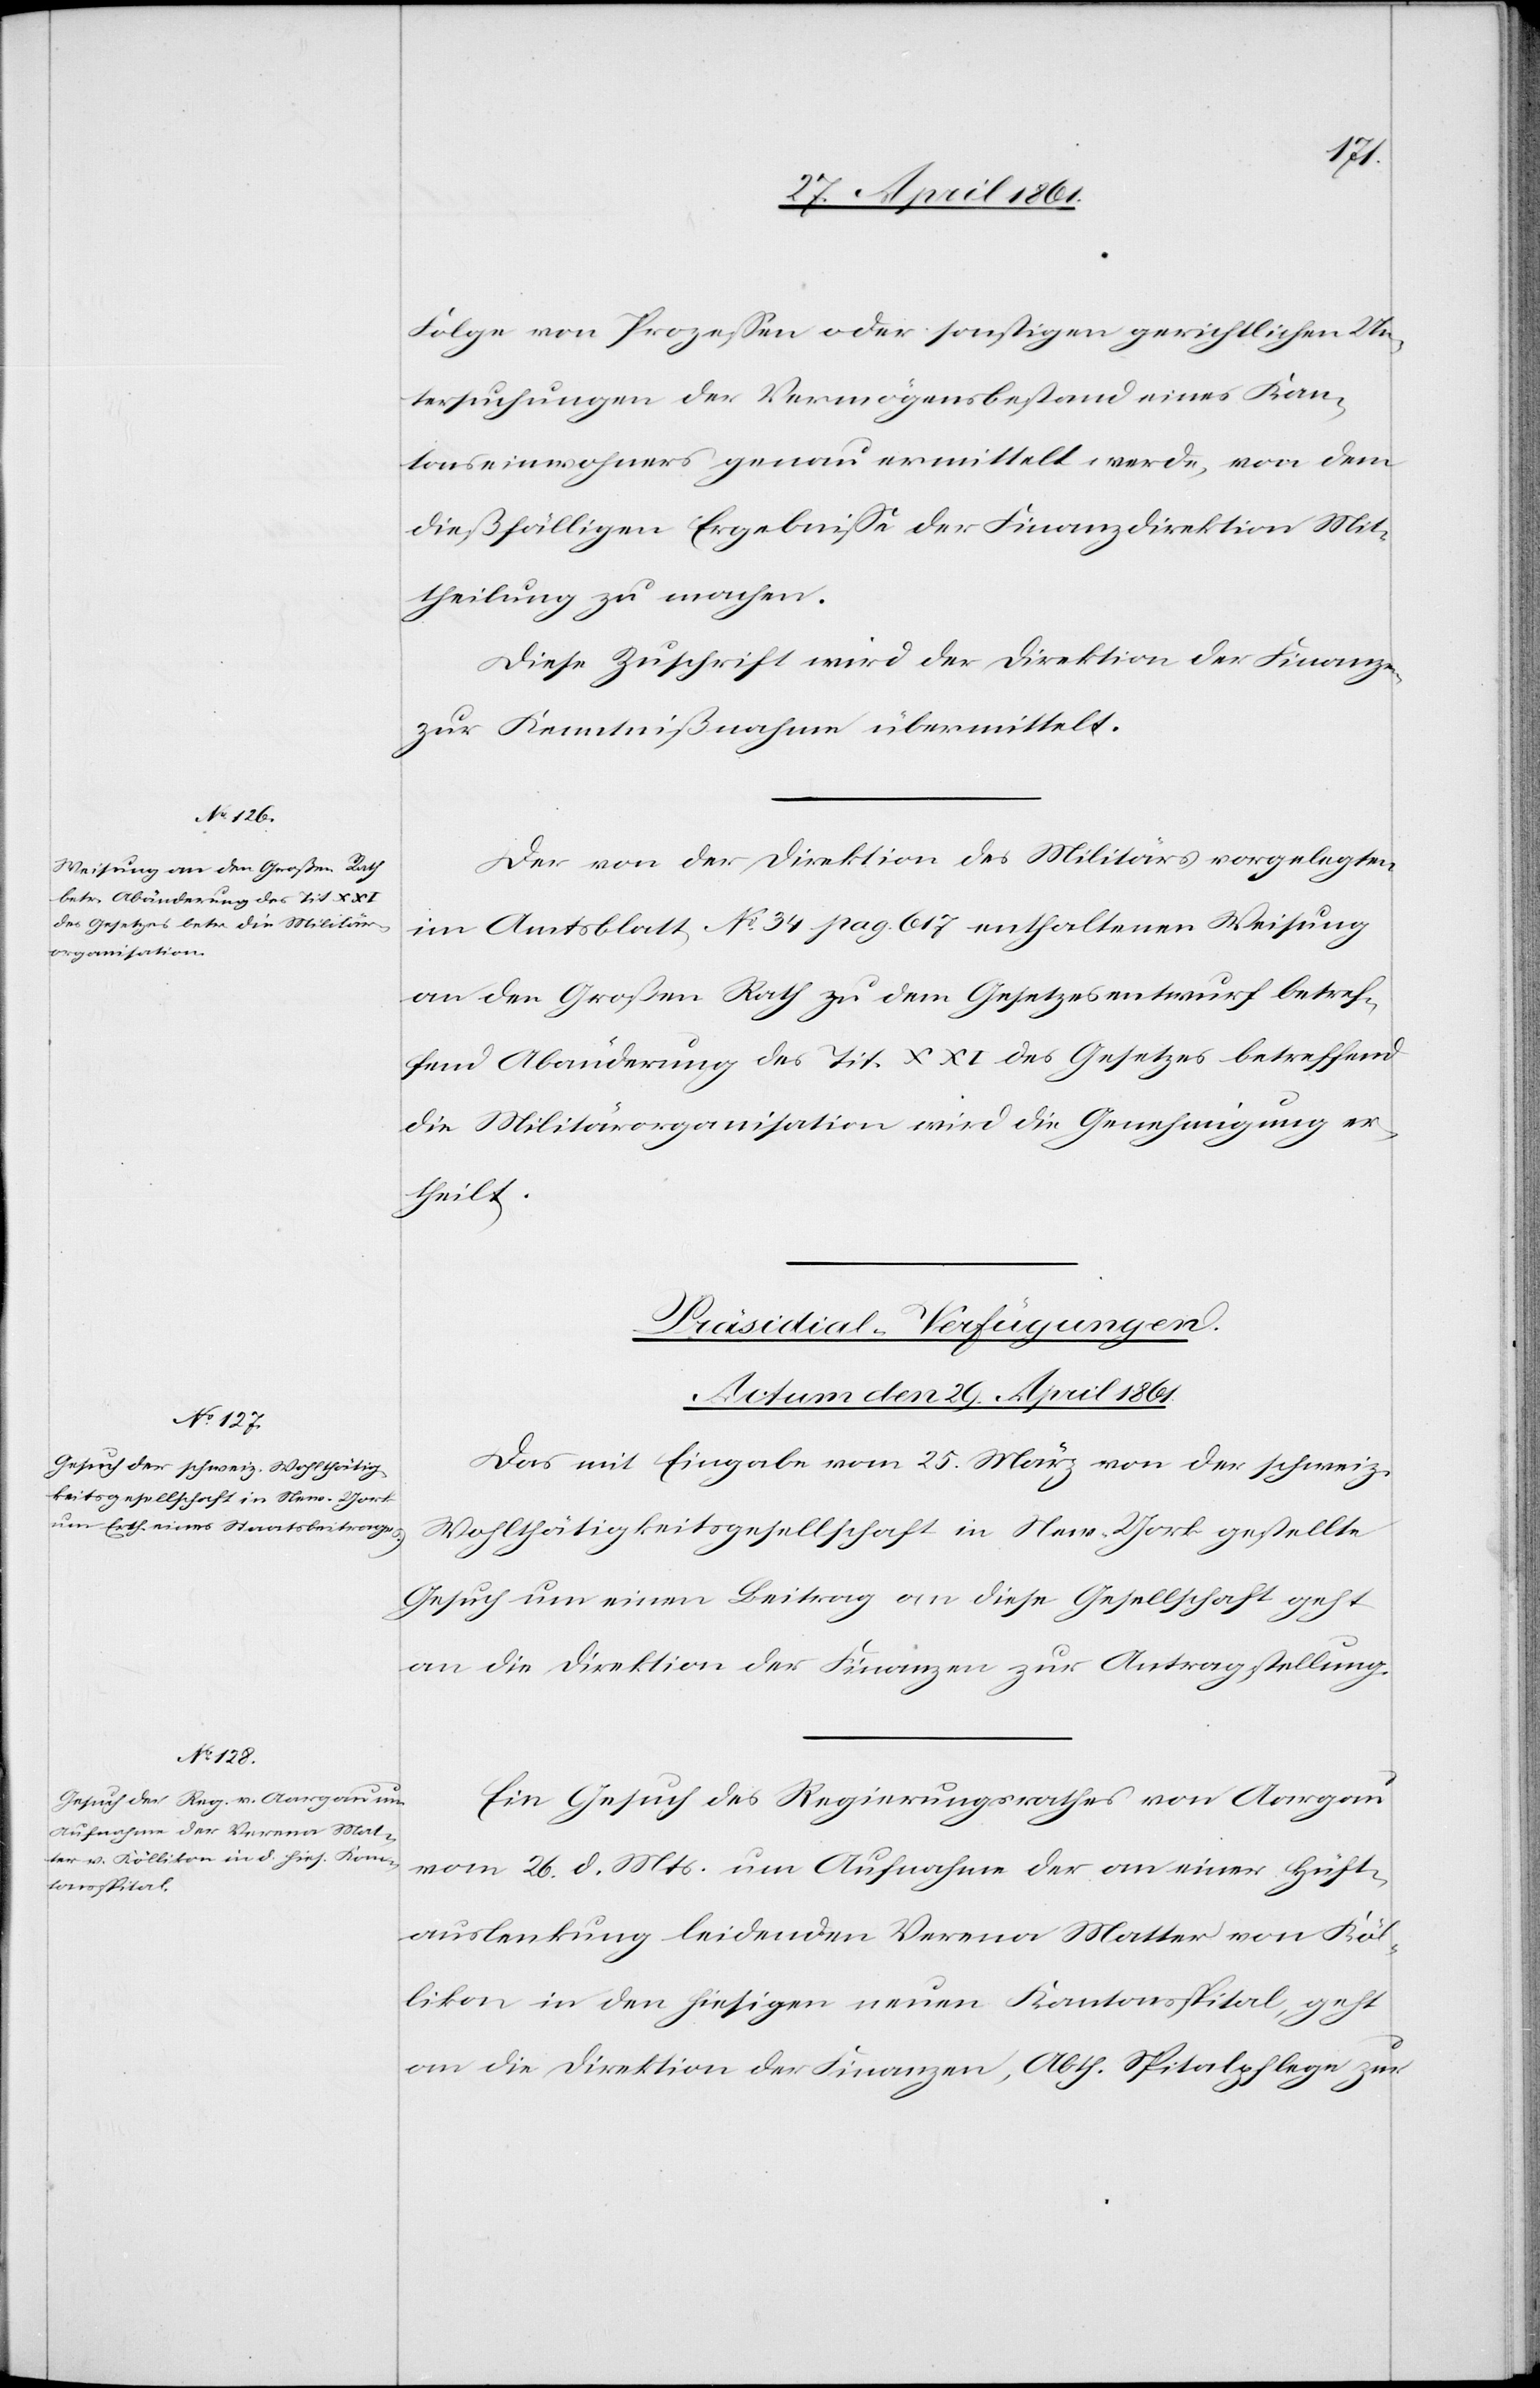
Folge von Prozessen oder sonstigen gerichtlichen Un¬
tersuchungen der Vermögensbestand eines Kan¬
tonseinwohners genau vermittelt werde, von dem
dießfälligen Ergebnisse der Finanzdirektion Mit¬
theilung zu machen.
Diese Zuschrift wird der Direktion der Finanzen
zur Kenntnißnahme übermittelt.
Der von der Direktion des Militärs vorgelegten
im Amtsblatt No 34 pag. 617 enthaltenden Weisung
an den Großen Rath zu dem Gesetzesentwurf betref¬
fend Abänderung des Tit. XXI des Gesetzes betreffend
die Militärorganisation wird die Genehmigung er¬
theilt.
[Präsidial-Verfügungen.
Actum den 29. April 1861.]
Das mit Eingabe vom 25. März von der schweiz.
Wohlthätigketisgesellschaft in New-York gestellte
Gesuch um einen Beitrag an diese Gesellschaft geht
an die Direktion der Finanzen zur Antragstellung.
Ein Gesuch des Regierungsrathes von Aargau
vom 26. d. Mts. um Aufnahme der an einer Hüft¬
auslenkung leidenden Verena Matter von Köl¬
likon in den hiesigen neuen Kantonsspital, geht
an die Direktion der Finanzen, Abth. Spitalpflege zur